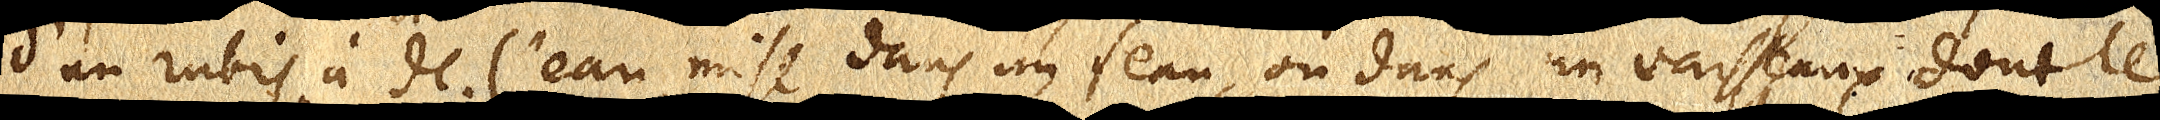
d’un rubis à celle de l’eau mise dans un seau, ou dans un vaisseau dont le